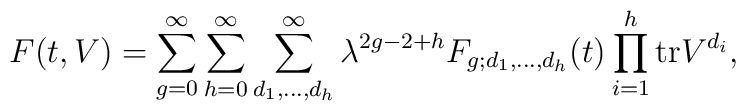
F(t,V) =\sum_{g=0}^\infty\sum_{h=0}^\infty\sum_{d_1,\ldots,d_h}^\infty\lambda^{2g-2+h} F_{g;d_1,\ldots,d_h}(t)\prod_{i=1}^{h}\mbox{tr}V^{d_i},